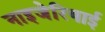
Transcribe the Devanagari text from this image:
नाइजेरियाई